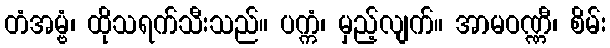
တံအမ္ဗံ၊ ထိုသရက်သီးသည်။ ပက္ကံ၊ မှည့်လျက်။ အာမဝဏ္ဏီ၊ စိမ်း